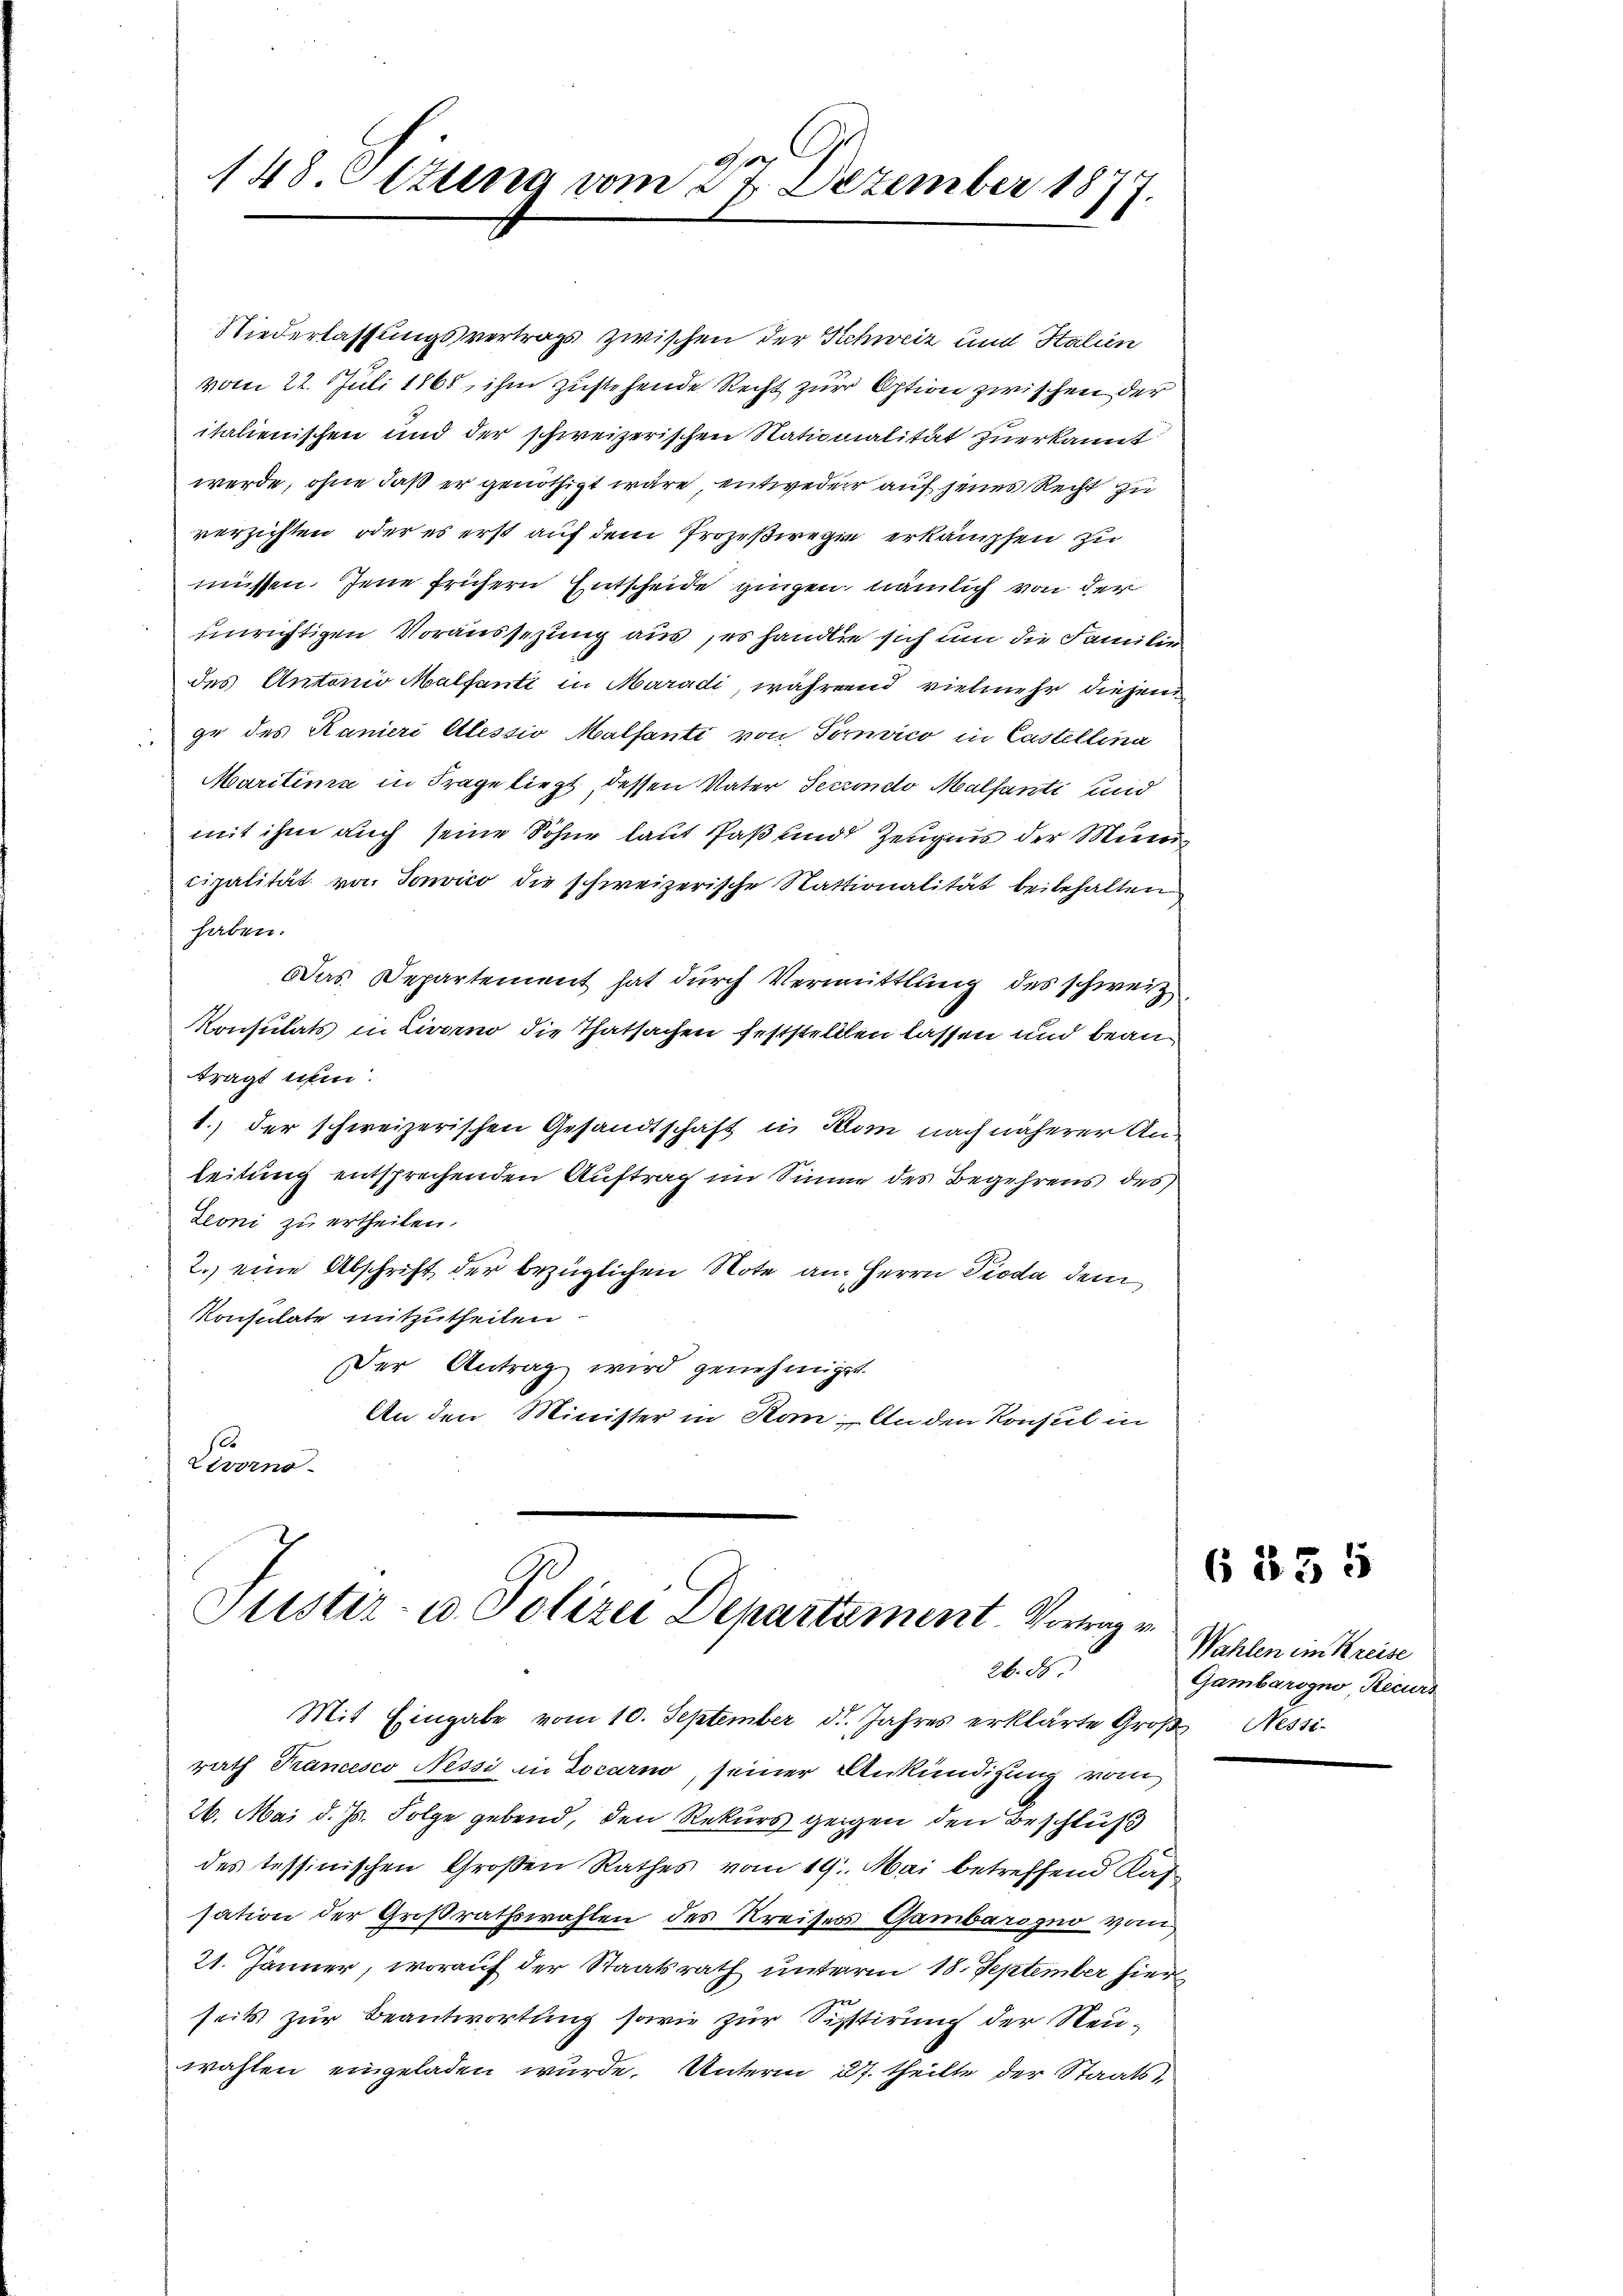
Ge
148. Ottung vom 27. Dezember 1874
.

Niederlassungsvertrags zwischen der Schweiz und Italien
vom 22. Juli 1865, ihm zustehende Recht zur Option zwischen der
italienischen und der schweizerischen Nationialität zuerkannt
werde, ohne daß er genöthigt wäre entweder auf jenes Recht zu
verzichten, oder es erst auf dem Prozeßwegen erkämpfen zu
müssen. Jene frühern Entscheide gingen, nämlich von der
unrichtigen Voraussezung aus, es handle sich um die Familie
des Antonio Malsanti in Maradi, während vielmehr diesen
ge des Kanieri Alessio Malfanti von Tornvico in Castellina
Maritinia in Frage liegt dessen Vater Secrondo Malfante und
mit ihm auch seine Söhne laut Paß und Zeugnis der Miner
cipalität von Sonvico die schweizerische Stattionalität beibehalten
haben.
Das Departement hat durch Vermittlung des schweiz
Konsulats in Livorno die Thatsachen feststellten lassen und beantragt ihm
1.) der schweizerischen Gesandtschaft in Kom nach näherer Anleitung entsprechenden Auftrag im Sinne des Begehrens des
Zeoni zu ertheilen.
2.) eine Abschrift der bezüglichen Note an Herrn Dioda dem
Konsulate mitzutheilen
Der Antrag wird genehmiget.
An den Minister in Kan, Anden Konsul in
e
Livorno

Justiz- u. Polizei Departement. Vortrag v
26. d.

Mit Eingabe vom 10. September d. Jahres erklärte Große Nessirath Francesco Nessi in Locarno, seiner Ankündigung vom
26. Mai d. Js. Folge gebend, den Rekurs gegen den Beschluß
des tessinischen Großen Rathes vom 19. Mai betreffend Kassation der Großrathswahlen des Kreises Gambarogno von
21. Jänner, worauf der Staatsrath unterm 18. September hier
seits zur Beantwortung sowie zur Sistirung der Neuwahlen eingeladen wurde. Unterm 27. theilte der Staats¬

Wahlen ein Kreise
Gambarogno Recurs

6 855